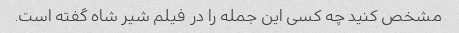
مشخص کنید چه کسی این جمله را در فیلم شیر شاه گفته است.